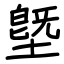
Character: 塈